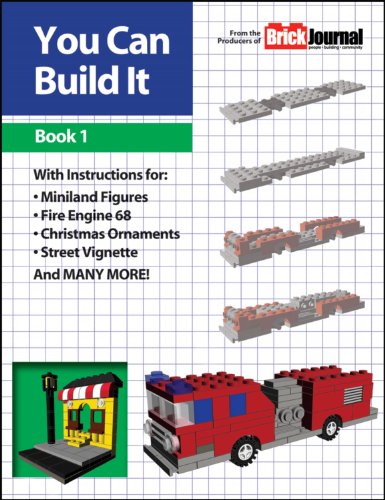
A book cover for You Can Build It Book 1; Joe Meno; Humor & Entertainment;